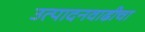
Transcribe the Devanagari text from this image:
उत्पादनवाढीचा